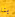
بنا